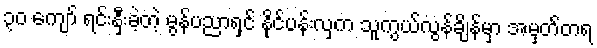
၃၀ ကျော် ရင်းနှီးခဲ့တဲ့ မွန်ပညာရှင် နိုင်ပန်းလှက သူကွယ်လွန်ချိန်မှာ အမှတ်တရ